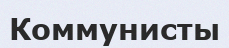
Коммунисты